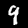
Digit: 4